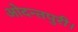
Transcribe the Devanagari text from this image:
ओदन्तपुरी।